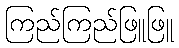
ကြည်ကြည်ဖြူဖြူ